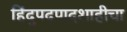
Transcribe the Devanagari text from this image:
हिंदुपदपादशाहीचा